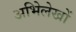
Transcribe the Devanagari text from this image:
अभिेलेखों